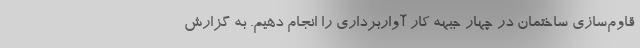
قاوم‌سازی ساختمان در چهار جبهه کار آواربرداری را انجام دهیم. به گزارش